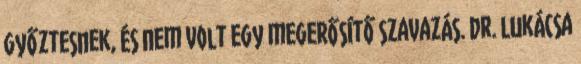
győztesnek, és nem volt egy megerősítő szavazás. Dr. Lukácsa